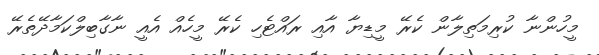
މީހުންނާ ކުރިމަތިލާން ކެރޭ މީޑިޔާ އާއި ރައްޓެހި ކެރޭ މީހެއްް އެއީ ނާގާބިލްކަމާދޭތެރޭ